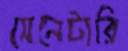
সেনেটারি